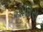
ચોવિસ